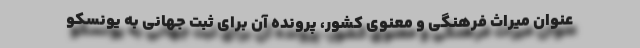
عنوان میراث فرهنگی و معنوی کشور، پرونده آن برای ثبت جهانی به یونسکو